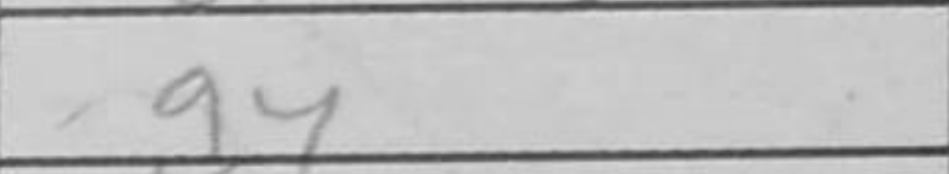
Transcription: a4